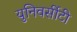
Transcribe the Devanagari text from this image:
युनिवर्सीटी